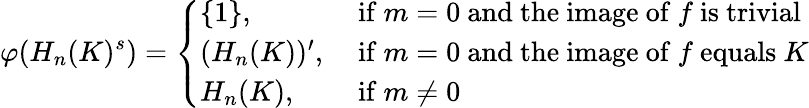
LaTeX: \varphi(H_{n}(K)^{s})=\left\{ \begin{array}{ll}{\{ 1\} ,}&{\mathrm{~if~}m=0\mathrm{~and~the~image~of~}f\mathrm{~is~trivial}}\\ {(H_{n}(K))^{\prime},}&{\mathrm{~if~}m=0\mathrm{~and~the~image~of~}f\mathrm{~equals~}K}\\ {H_{n}(K),}&{\mathrm{~if~}m\neq 0}\end{array}\right.